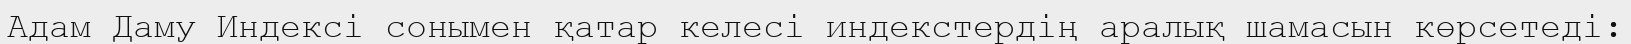
Адам Даму Индексі сонымен қатар келесі индекстердің аралық шамасын көрсетеді: